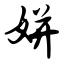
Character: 姘